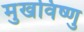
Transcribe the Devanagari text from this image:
मुखविष्णु